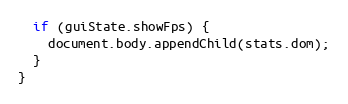
Language: JavaScript
  if (guiState.showFps) {
    document.body.appendChild(stats.dom);
  }
}